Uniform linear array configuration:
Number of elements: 48
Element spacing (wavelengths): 0.5
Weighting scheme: hamming
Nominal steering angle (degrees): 0
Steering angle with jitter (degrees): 1.138
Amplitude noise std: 0.05
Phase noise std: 0.05

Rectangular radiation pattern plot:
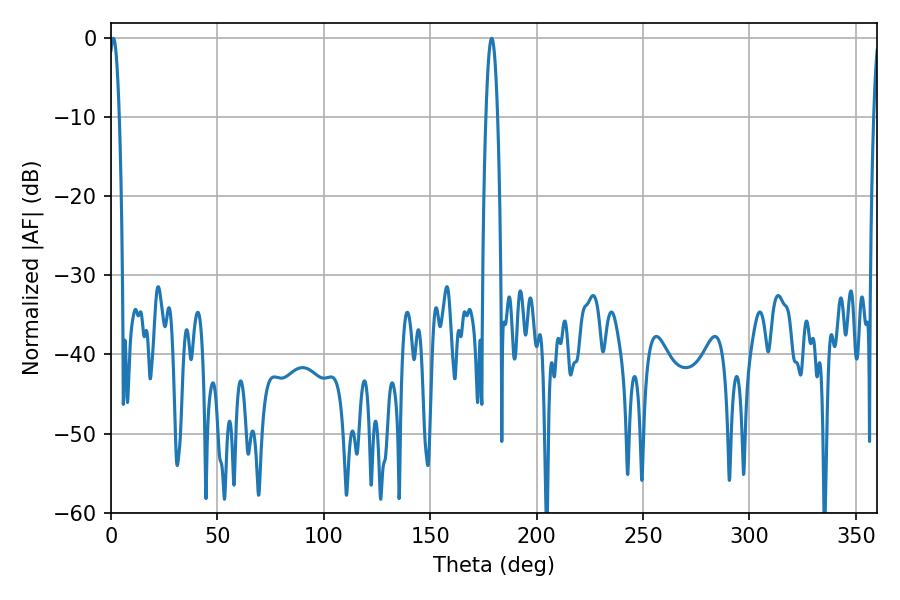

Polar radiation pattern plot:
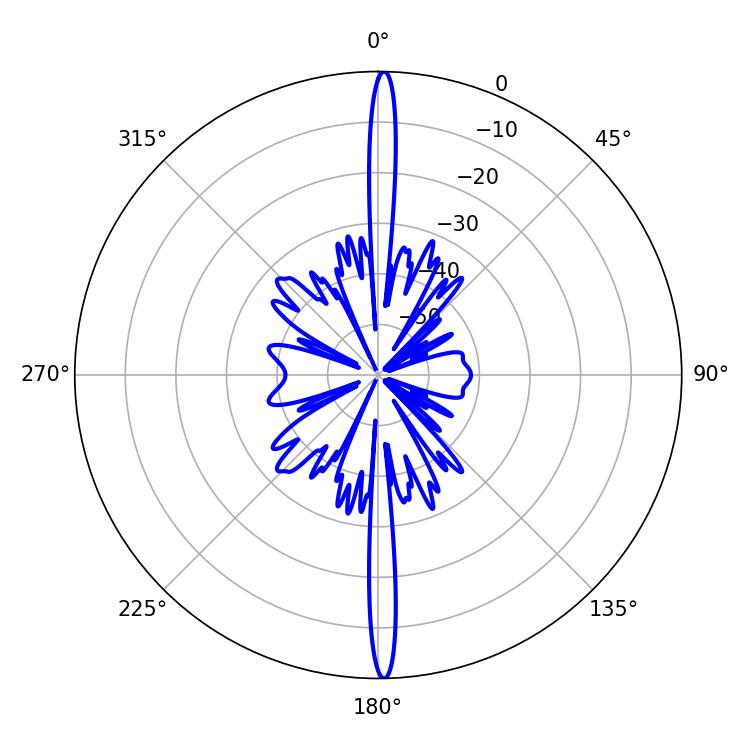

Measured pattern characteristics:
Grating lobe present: FALSE
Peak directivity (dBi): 29.822
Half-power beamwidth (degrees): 2.52
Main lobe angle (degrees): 1.08